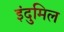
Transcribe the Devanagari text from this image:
इंदुमिल